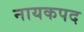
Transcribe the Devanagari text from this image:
नायकपद